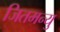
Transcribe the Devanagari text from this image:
जितमन्यु